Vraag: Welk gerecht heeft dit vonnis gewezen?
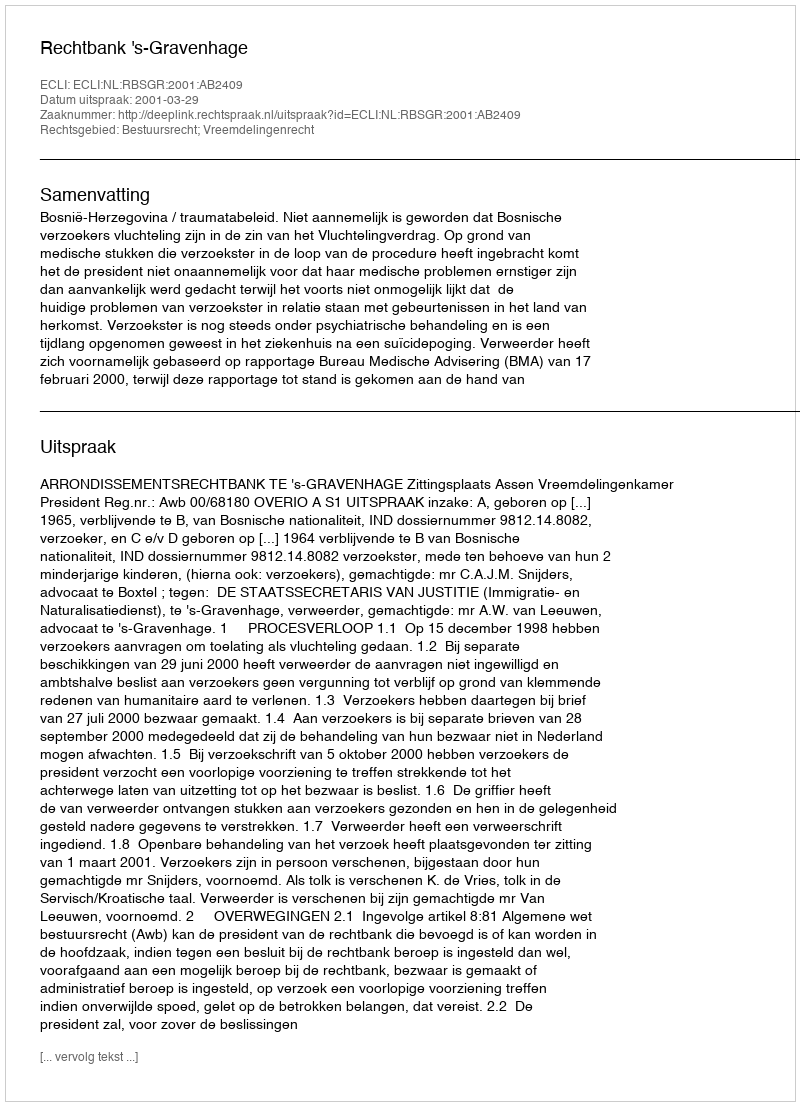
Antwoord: Rechtbank 's-Gravenhage